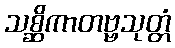
သစ္ဆိကာတဗ္ဗသုတ္တံ